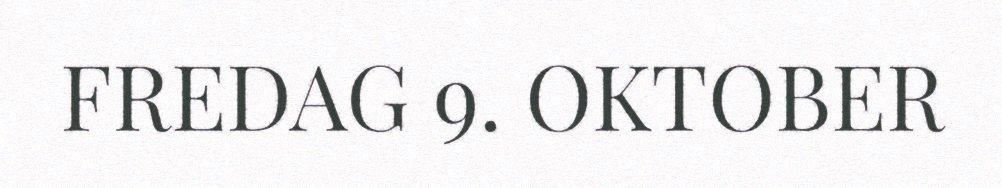
FREDAG 9. OKTOBER